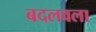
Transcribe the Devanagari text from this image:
बदलवला